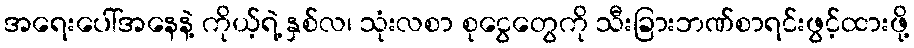
အရေးပေါ်အနေနဲ့ ကိုယ့်ရဲ့ နှစ်လ၊ သုံးလစာ စုငွေတွေကို သီးခြားဘဏ်စာရင်းဖွင့်ထားဖို့